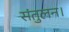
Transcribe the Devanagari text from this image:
संतुलन।